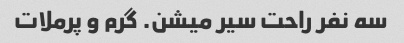
سه نفر راحت سیر میشن. گرم و پرملات